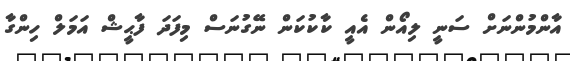
އާންމުންނަށް ސަނީ ލިއޯން އެއީ ކާކުކަން ނޭގުނަސް މިފަދަ ފާޙީޝް އަމަލް ހިންގާ